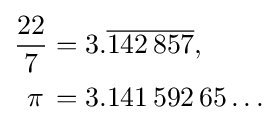
{\begin{aligned}{\frac {22}{7}}&=3.{\overline {142\,857}},\\\pi \,&=3.141\,592\,65\ldots \end{aligned}}